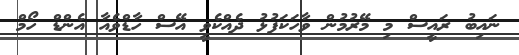
ނައިބު ރައީސް މި މޭރުމުން ވާހަކަފުޅު ދެއްކެވީ އޭސް ހާޑްވެއާ އެންޑް ހޯމް